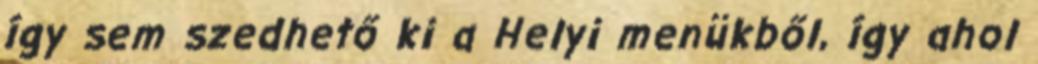
így sem szedhető ki a Helyi menükből, így ahol